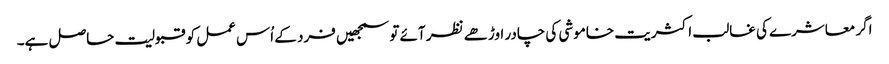
اگر معاشرے کی غالب اکثریت خاموشی کی چادر اوڑھے نظر آئے تو سمجھیں فرد کے اُس عمل کو قبولیت حاصل ہے۔